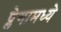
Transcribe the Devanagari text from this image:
प्लेगामध्ये